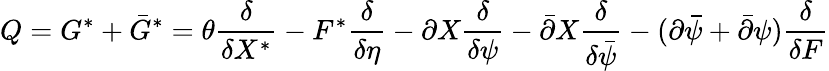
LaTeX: Q=G^{\ast}+\bar{G}^{\ast}=\theta{\frac{\delta}{\delta X^{\ast}}}-F^{\ast}{\frac{\delta}{\delta\eta}}-\partial X{\frac{\delta}{\delta\psi}}-\bar{\partial}X{\frac{\delta}{\delta\bar{\psi}}}-(\partial\bar{\psi}+\bar{\partial}\psi){\frac{\delta}{\delta F}}